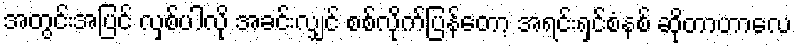
အတွင်းအပြင် လှစ်ပါလို အခင်းလျှင် စစ်လိုက်ပြန်တော့ အရင်းရှင်စံနစ် ဆိုတာဟာလေ